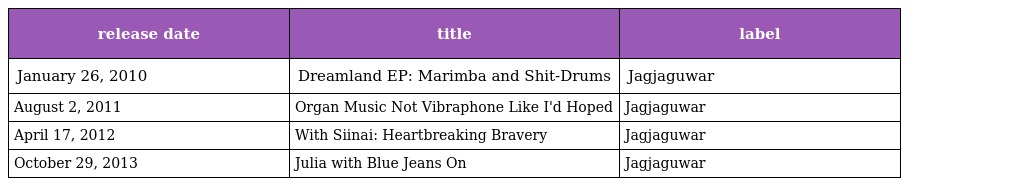
| release date | title | label |
 | --- | --- | --- |
 | January 26, 2010 | Dreamland EP: Marimba and Shit-Drums | Jagjaguwar |
 | August 2, 2011 | Organ Music Not Vibraphone Like I'd Hoped | Jagjaguwar |
 | April 17, 2012 | With Siinai: Heartbreaking Bravery | Jagjaguwar |
 | October 29, 2013 | Julia with Blue Jeans On | Jagjaguwar |